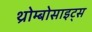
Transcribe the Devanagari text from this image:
थ्रोम्बोसाइट्स